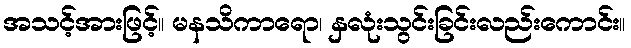
အသင့်အားဖြင့်။ မနသိကာရော၊ နှလုံးသွင်းခြင်းလည်းကောင်း။